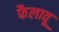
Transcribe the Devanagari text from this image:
फैलावू